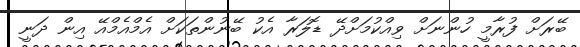
ބޭރަށް ފުރާމީ ހުންނަށް ވިއްކުމަށްދޭ ޑޮލަރާ އެކު ބޭނުންތަކަށް އެމްއެމްއޭ އިން ދަނީ